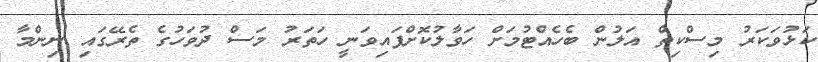
ކަޅުވަކަރު މިސްކިތް އަލުން ބެހެއްޓުމަށް ހަވާލުކޮށްފައިވަނީ ހަތަރު މަސް ދުވަހުގެ ތެރޭގައި ނިންމާ